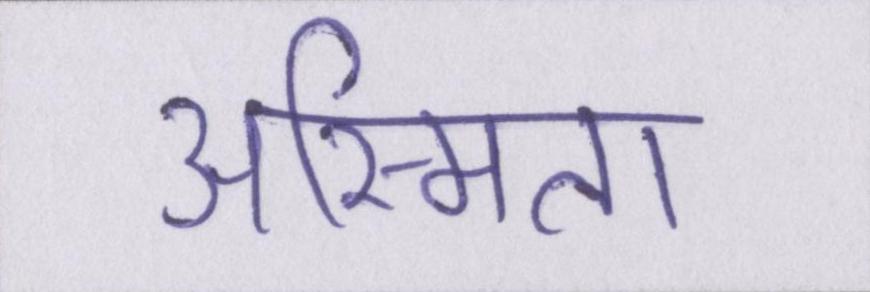
अस्मिता